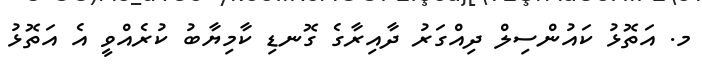
މ. އަތޮޅު ކައުންސިލް ދިއްގަރު ދާއިރާގެ ގޮނޑި ކާމިޔާބު ކުރެއްވީ އެ އަތޮޅު